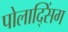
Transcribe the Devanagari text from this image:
पोलाद्सिंग